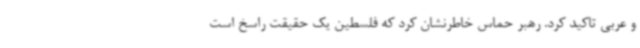
و عربی تاکید کرد. رهبر حماس خاطرنشان کرد که فلسطین یک حقیقت راسخ است